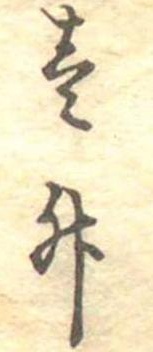
壱升